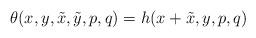
LaTeX: \begin{align*}\theta (x, y, \tilde x, \tilde y, p, q) = h (x + \tilde x, y, p, q)\end{align*}